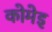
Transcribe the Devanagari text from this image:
कोमेइ